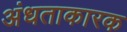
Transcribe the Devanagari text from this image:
अंधताकारक